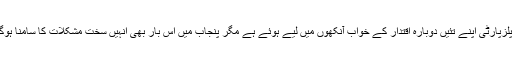
پیپلزپارٹی اپنے تئیں دوبارہ اقتدار کے خواب آنکھوں میں لیے ہوئے ہے مگر پنجاب میں اس بار بھی انہیں سخت مشکلات کا سامنا ہوگا۔